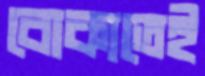
বোকাতেই